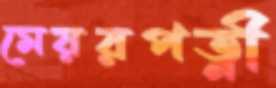
মেয়রপত্নী